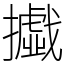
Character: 㩬